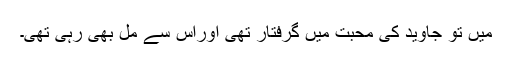
میں تو جاوید کی محبت میں گرفتار تھی اوراس سے مل بھی رہی تھی۔